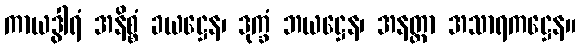
ကာယဒွါရံ အနိစ္စံ ခယဋ္ဌေန၊ ဒုက္ခံ ဘယဋ္ဌေန၊ အနတ္တာ အသာရကဋ္ဌေန။